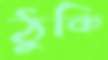
ঠুকি